Civil Veterinary Department Bengal reports 1933-51 - 1933-1951
Year: 1933
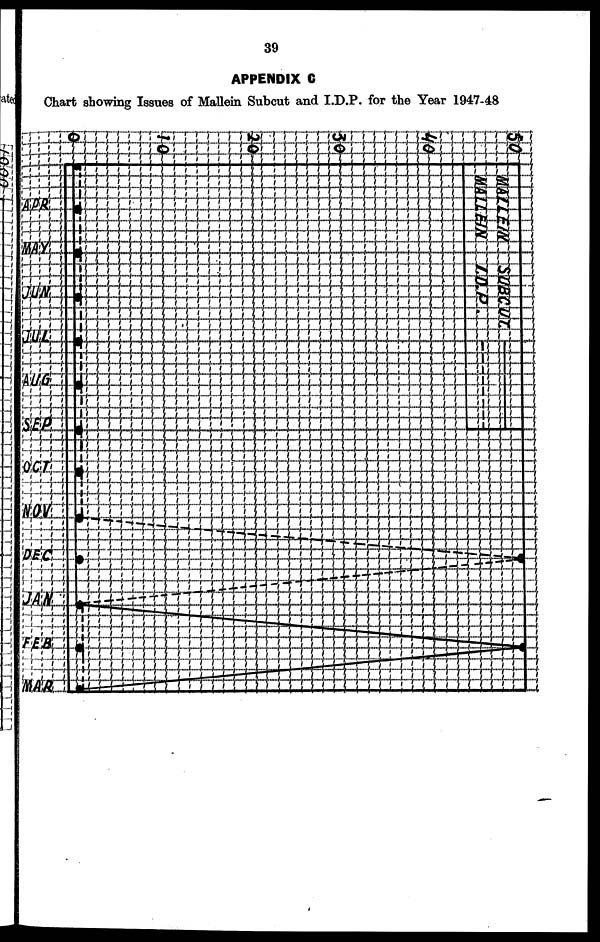
39
APPENDIX C
Chart showing Issues of Mallein Subcut and I.D.P. for the Year 1947-48